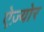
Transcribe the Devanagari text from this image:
ऐज़्योर